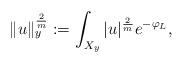
LaTeX: \begin{align*}\Vert u\Vert^{\frac{2}{m}}_y:= \int_{X_y}\vert u\vert^{\frac{2}{m}}e^{-\varphi_L},\end{align*}